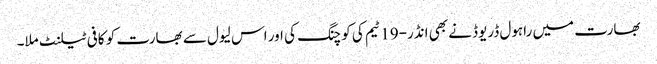
بھارت میں راہول ڈریوڈ نے بھی انڈر-19 ٹیم کی کوچنگ کی اور اس لیول سے بھارت کو کافی ٹیلنٹ ملا۔